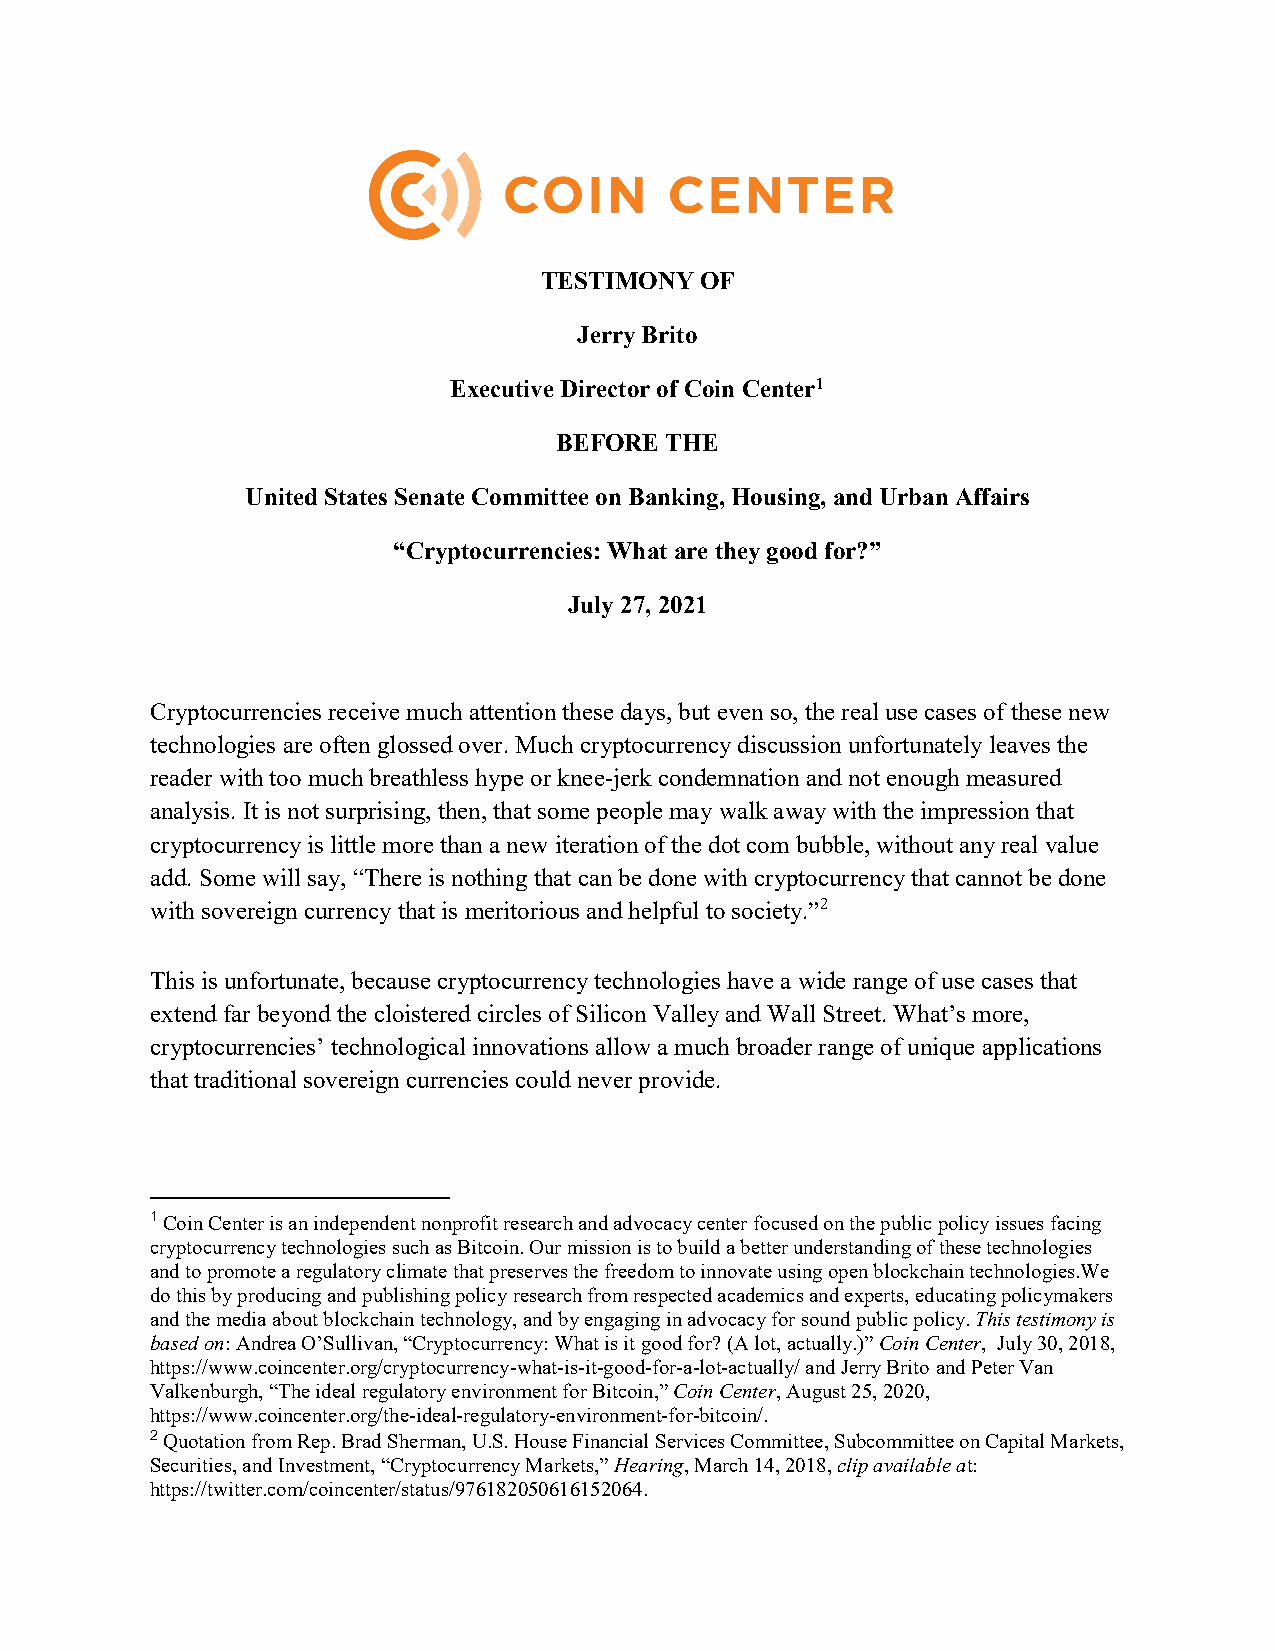
TESTIMONY OF
 Jerry Brito
 Executive Director of Coin Center1
 BEFORE THE
 United States Senate Committee on Banking, Housing, and Urban Affairs
 “Cryptocurrencies: What are they good for?”
 July 27, 2021
 Cryptocurrencies receive much attention these days, but even so, the real use cases of these new
 technologies are often glossed over. Much cryptocurrency discussion unfortunately leaves the
 reader with too much breathless hype or knee-jerk condemnation and not enough measured
 analysis. It is not surprising, then, that some people may walk away with the impression that
 cryptocurrency is little more than a new iteration of the dot com bubble, without any real value
 add. Some will say, “There is nothing that can be done with cryptocurrency that cannot be done
 with sovereign currency that is meritorious and helpful to society.”2
 This is unfortunate, because cryptocurrency technologies have a wide range of use cases that
 extend far beyond the cloistered circles of Silicon Valley and Wall Street. What’s more,
 cryptocurrencies’ technological innovations allow a much broader range of unique applications
 that traditional sovereign currencies could never provide.
 1 Coin Center is an independent nonprofit research and advocacy center focused on the public policy issues facing
 cryptocurrency technologies such as Bitcoin. Our mission is to build a better understanding of these technologies
 and to promote a regulatory climate that preserves the freedom to innovate using open blockchain technologies.We
 do this by producing and publishing policy research from respected academics and experts, educating policymakers
 and the media about blockchain technology, and by engaging in advocacy for sound public policy. This testimony is
 based on: Andrea O’Sullivan, “Cryptocurrency: What is it good for? (A lot, actually.)” Coin Center, July 30, 2018,
 https://www.coincenter.org/cryptocurrency-what-is-it-good-for-a-lot-actually/ and Jerry Brito and Peter Van
 Valkenburgh, “The ideal regulatory environment for Bitcoin,” Coin Center, August 25, 2020,
 https://www.coincenter.org/the-ideal-regulatory-environment-for-bitcoin/.
 2 Quotation from Rep. Brad Sherman, U.S. House Financial Services Committee, Subcommittee on Capital Markets,
 Securities, and Investment, “Cryptocurrency Markets,” Hearing, March 14, 2018, clip available at:
 https://twitter.com/coincenter/status/976182050616152064.